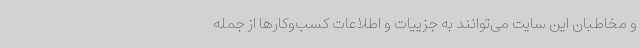
و مخاطبان این سایت می‌توانند به جزییات و اطلاعات کسب‌وکارها از جمله